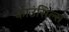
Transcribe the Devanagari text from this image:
काउंसिल्स